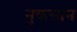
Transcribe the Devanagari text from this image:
नूकसान